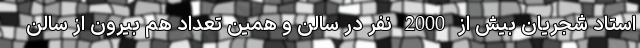
استاد شجریان بیش از 2000 نفر در سالن و همین تعداد هم بیرون از سالن